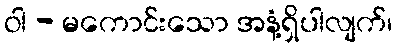
ဝါ - မကောင်းသော အနံ့ရှိပါလျက်၊